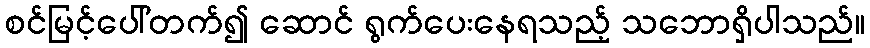
စင်မြင့်ပေါ်တက်၍ ဆောင် ရွက်ပေးနေရသည့် သဘောရှိပါသည်။